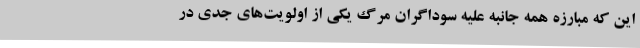
این‌ که مبارزه همه جانبه علیه سوداگران مرگ یکی از اولویت‌های جدی در